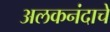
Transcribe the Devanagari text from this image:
अलकनंदाचे